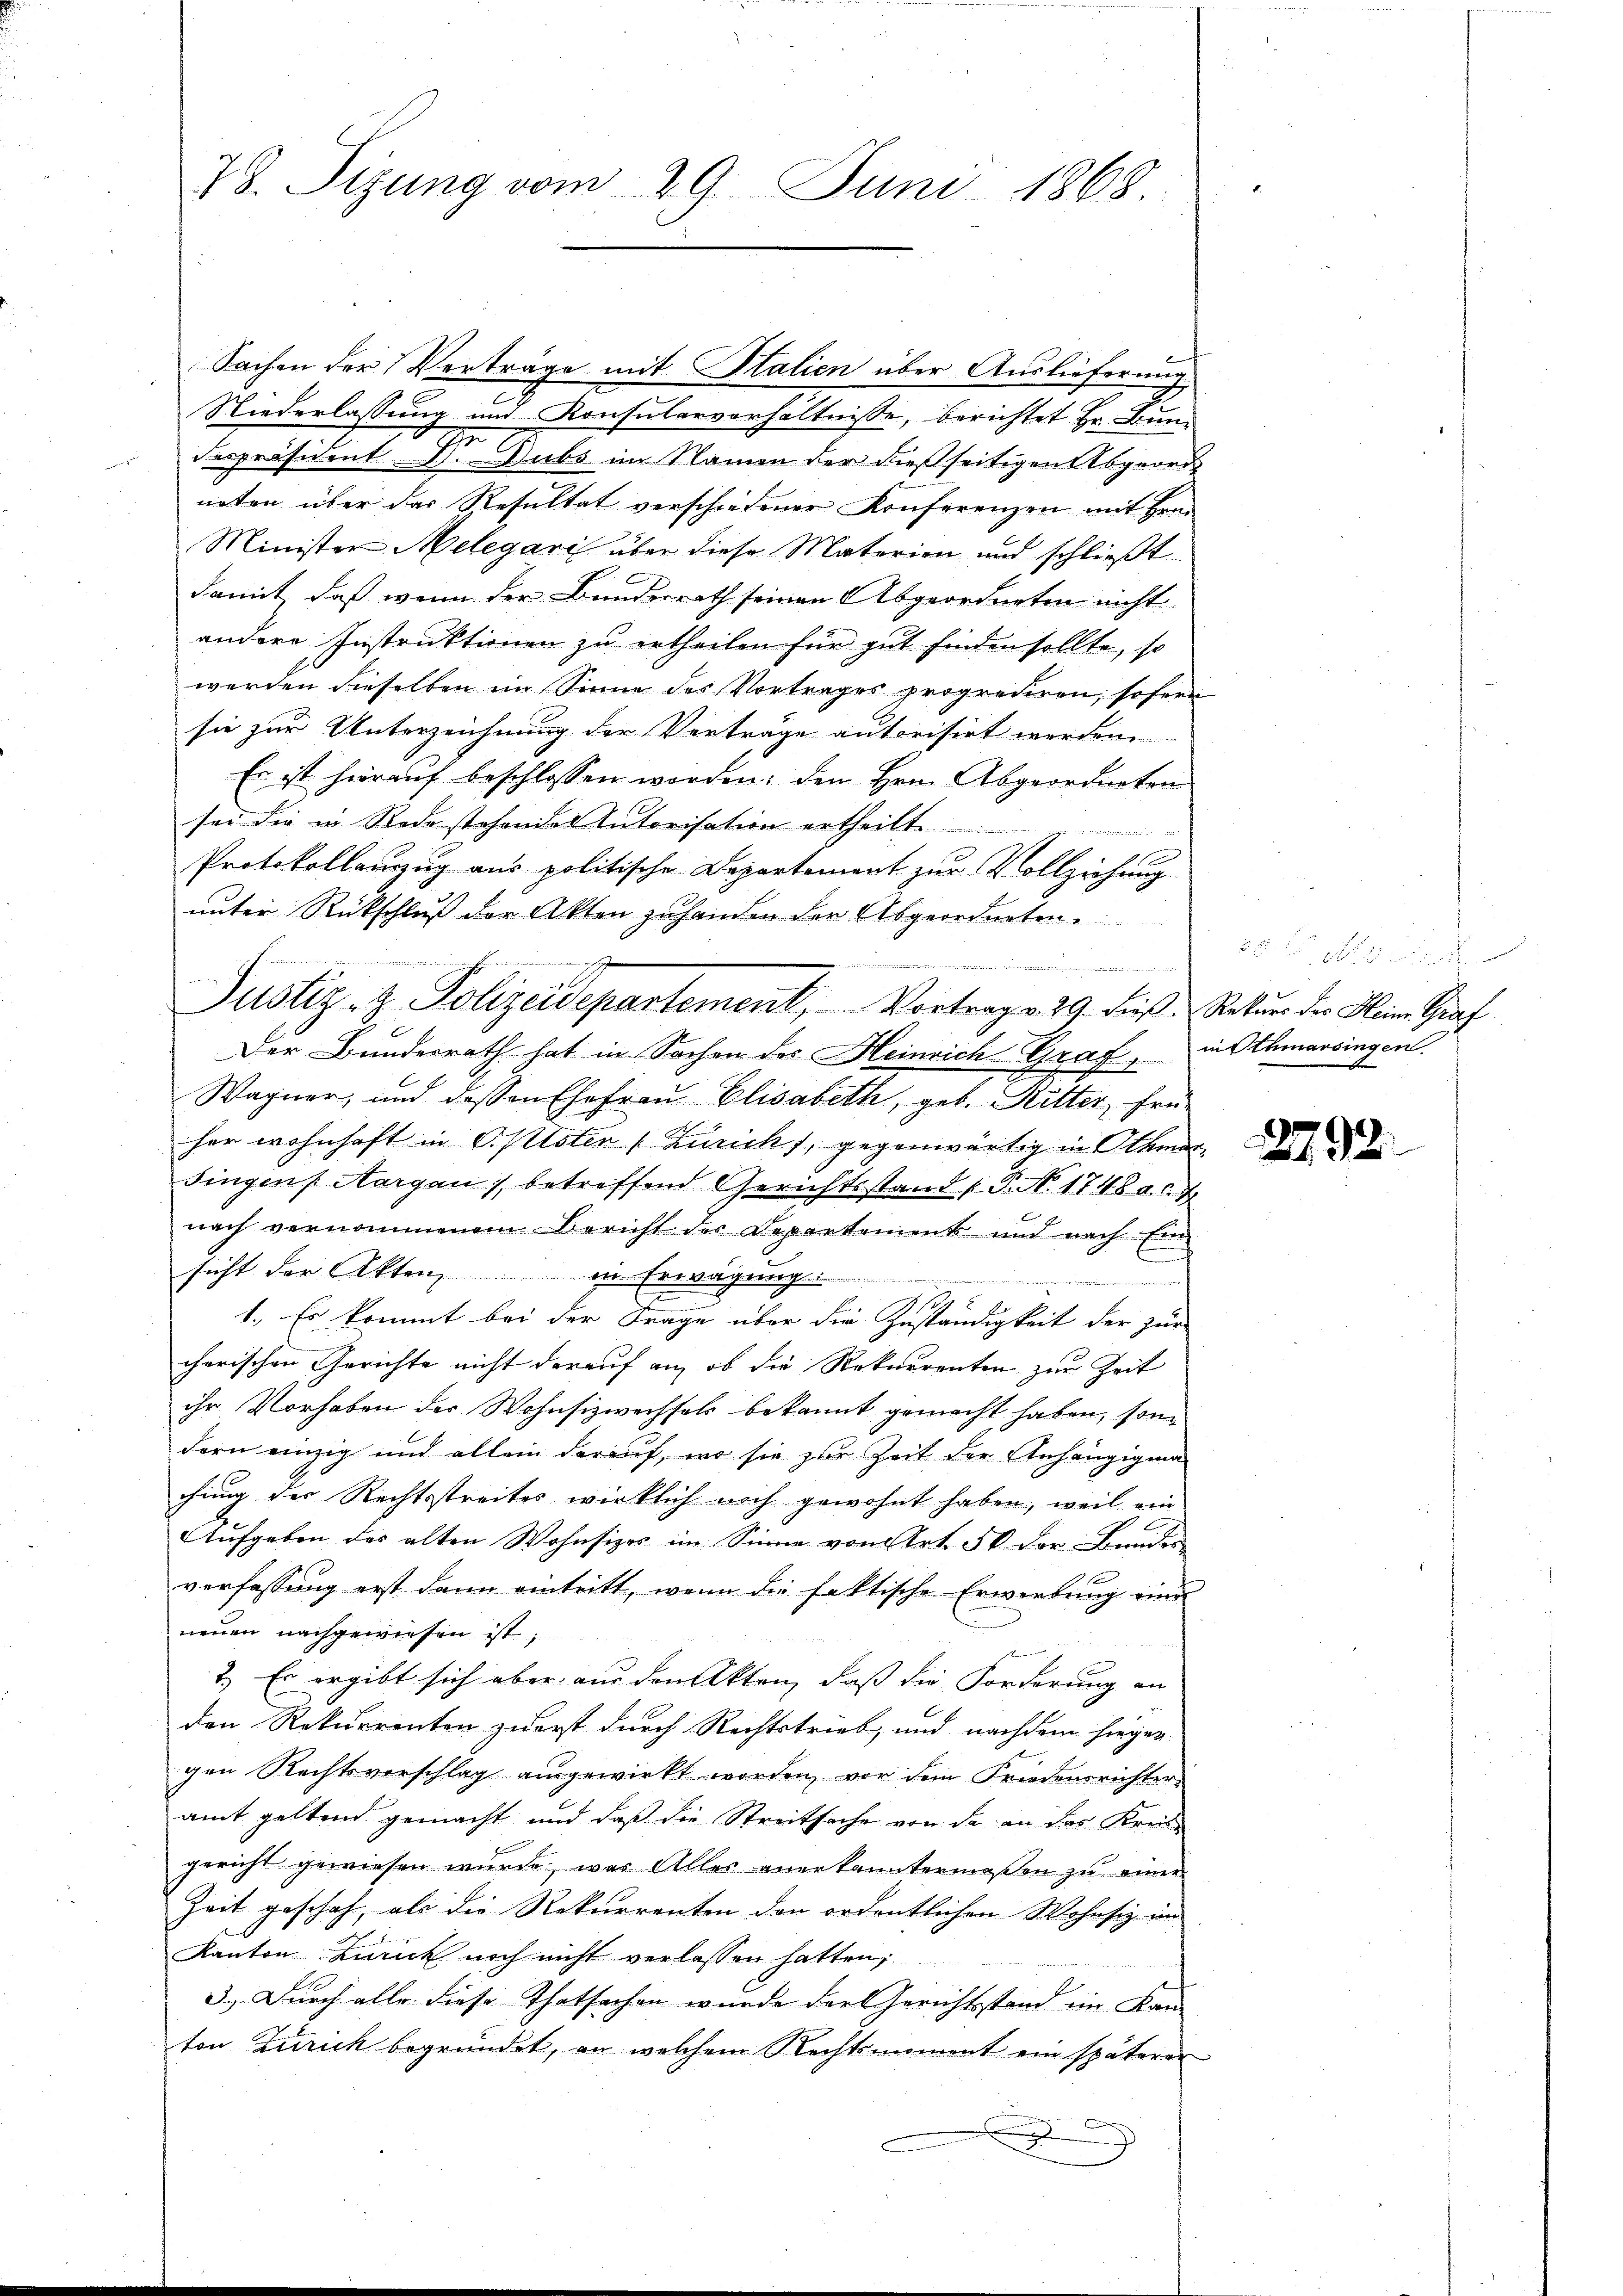
78. Sizung vom 29. Juni 1868.

Niederlassung und Konsularverhältnisse, berichtet Hr. Bundespräsident Dr. Dubs im Namen der dießseitigen Abgeord
neten über das Resultat verschiedener Konferenzen mit Hrn.
Minister Melegari über diese Materien und schließt
damit, daß wenn der Bundesrath seinen Abgeordneten nicht
andere Instruktionen zu ertheilen für gut finden sollte, so
werden dieselben im Sinne des Vortrages proprediren, sofern
sie zur Unterzeichnung der Verträge autorisirt werden.
Es ist hierauf beschlossen worden; den Hrn. Abgeordneten
sei die in Rede stehendes Tutorisation ertheilt
Protokollauszug aus politische Departement zur Vollziehung
unter Rückschluß der Akten zuhanden der Abgeordneten.

Justiz- & Polizeidepartement, Vortrag v. 29. dieß. Rekurs der Heim Graf
Der Bundesrath hat in Sachen des Heinrich Graf, in Athmarsingen.
Wagner, und dessen Ehefrau Elisabeth, geb. Ritter, früher wohnhaft in Oplloten (Zürich, gegenwärtig in Othmar
singen Margau), betreffend Gerichtsstand (T. No. 1748 a. c. 4
nach vernommenem Bericht der Departement und nach Ein
sicht der Akten, in Erwägungs
.
2
1. Es kommt bei der Frage über die Zuständigkeit der zur
cherischen Gerichte nicht darauf an, ob die Rekurrenten zur Zeit
ihr Vorhaben der Wohnsizwechsels bekannt gemacht haben, son
dern einzig und allein darauf, wo sie zur Zeit der Anhängigung
chung der Rechtsstreites wirklich noch gewohnt haben, weil ein
Aufgaben des alten Wohnsizes im Sinne von Art. 56 der Bundes
verfassung erst dann eintritt, wenn die faktische Erwerbung eine
neuen nachgewiesen ist;
2. Es ergibt sich aber aus den Akten, daß die Forderung an
den Rekurrenten zuerst durch Rechtstrieb, und nachdem hiegen
gen Rechtsverschlag aŭsgewirkt worden, vor dem Friedensrichter
amt geltend gemacht und daß die Streitsache von de an das Kreis
gericht gewiesen wurde, was Alles anerkanntermaßen zu einer
Zeit geschah, als die Rekurrenten den ordentlichen Wohnsiz im
Kanton Zürich noch nicht verlassen hatten,
3.) Durch alle diese Thatsachen wurde der Gerichtsstand im Kan-
ton Zürich begründet, an welchem Rechtsmoment ein späteren

g

Sachen der Verträge mit Italien über Auslieferung

22.

2792.